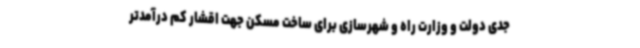
جدی دولت و وزارت راه و شهرسازی برای ساخت مسکن جهت اقشار کم درآمدتر